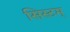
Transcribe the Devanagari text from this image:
सिस्टम्